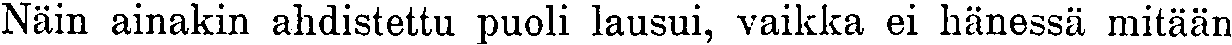
Näin ainakin ahdistettu puoli lausui, vaikka ei hänessä mitään